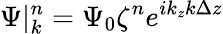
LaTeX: \Psi|_{k}^{n}=\Psi_{0}\zeta^{n}e^{ik_{z}k\Delta z}